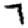
Digit: 7